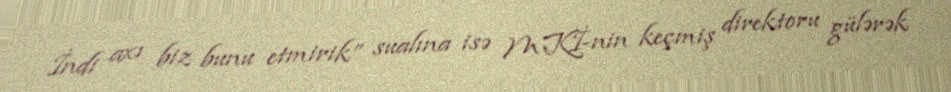
İndi axı biz bunu etmirik” sualına isə MKİ-nin keçmiş direktoru gülərək